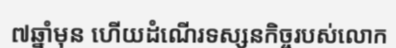
៧ឆ្នាំមុន ហើយដំណើរទស្សនកិច្ចរបស់លោក